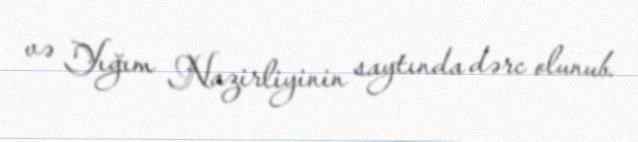
və Yığım Nazirliyinin saytında dərc olunub.